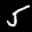
Label: 5